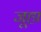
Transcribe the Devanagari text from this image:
जूहा